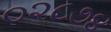
૦૨૮૭૪